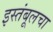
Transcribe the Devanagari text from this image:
इस्तंबूलचा